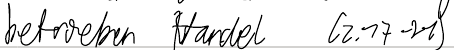
betrieben Handel (Z.17-21)